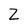
Character: Z